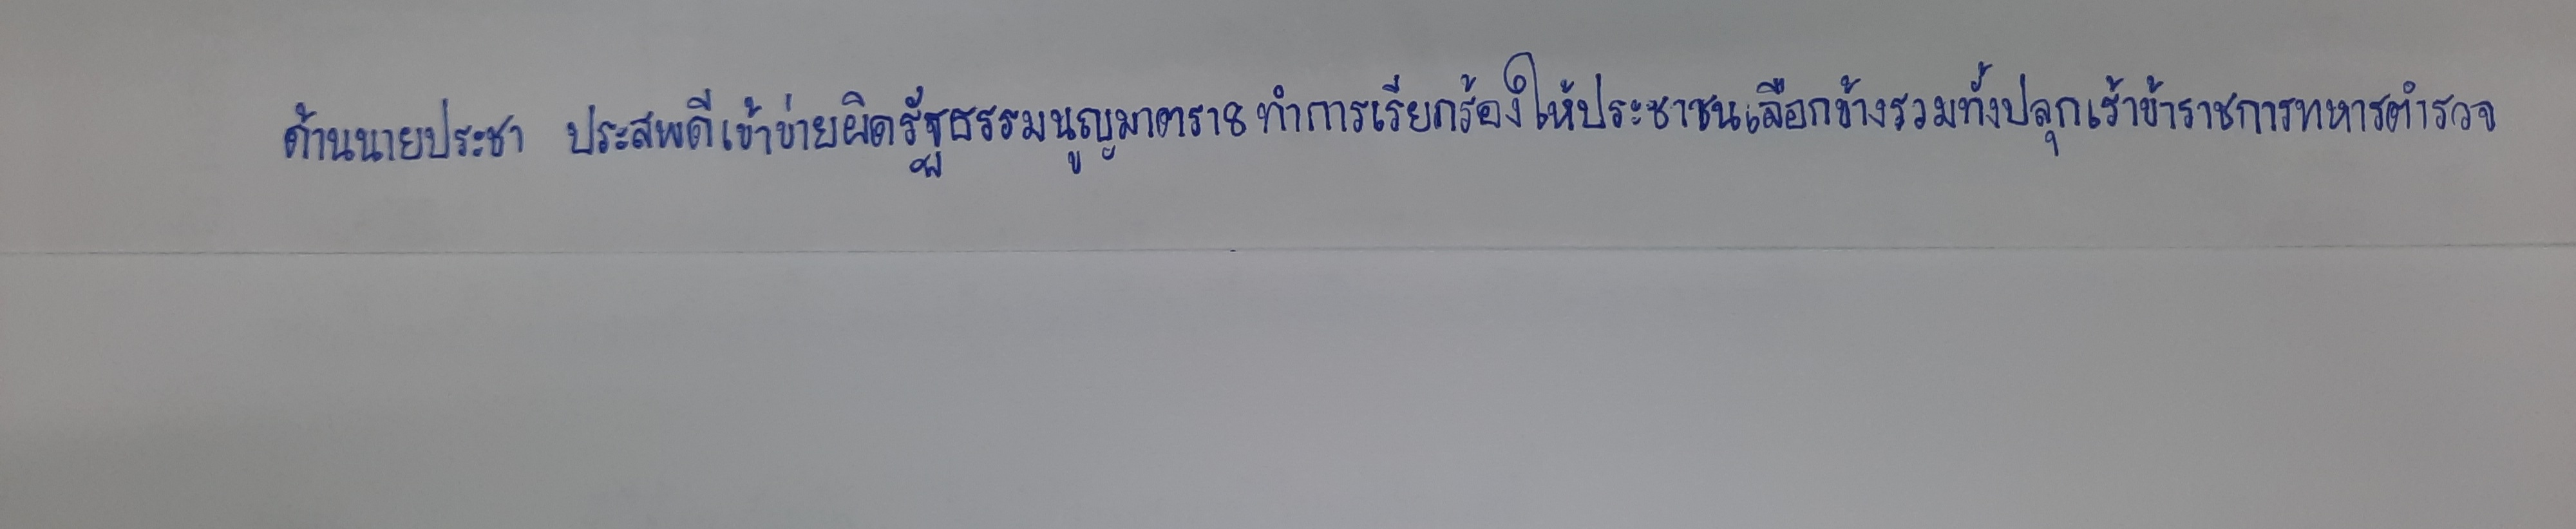
ด้านนายประชา ประสพดีเข้าข่ายผิดรัฐธรรมนูญมาตรา8ทำการเรียกร้องให้ประชาชนเลือกข้างรวมทั้งปลุกเร้าข้าราชการทหารตำรวจ